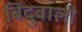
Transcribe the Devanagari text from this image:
बिंदुवाली